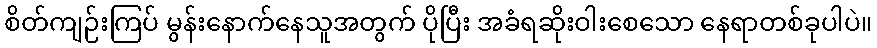
စိတ်ကျဉ်းကြပ် မွန်းနောက်နေသူအတွက် ပိုပြီး အခံရဆိုးဝါးစေသော နေရာတစ်ခုပါပဲ။